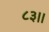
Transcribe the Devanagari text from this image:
८३।।